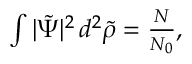
\begin{array} { r } { \int | { \tilde { \Psi } } | ^ { 2 } \, d ^ { 2 } { \tilde { \rho } } = \frac N { N _ { 0 } } , } \end{array}